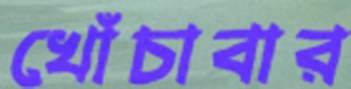
খোঁচাবার